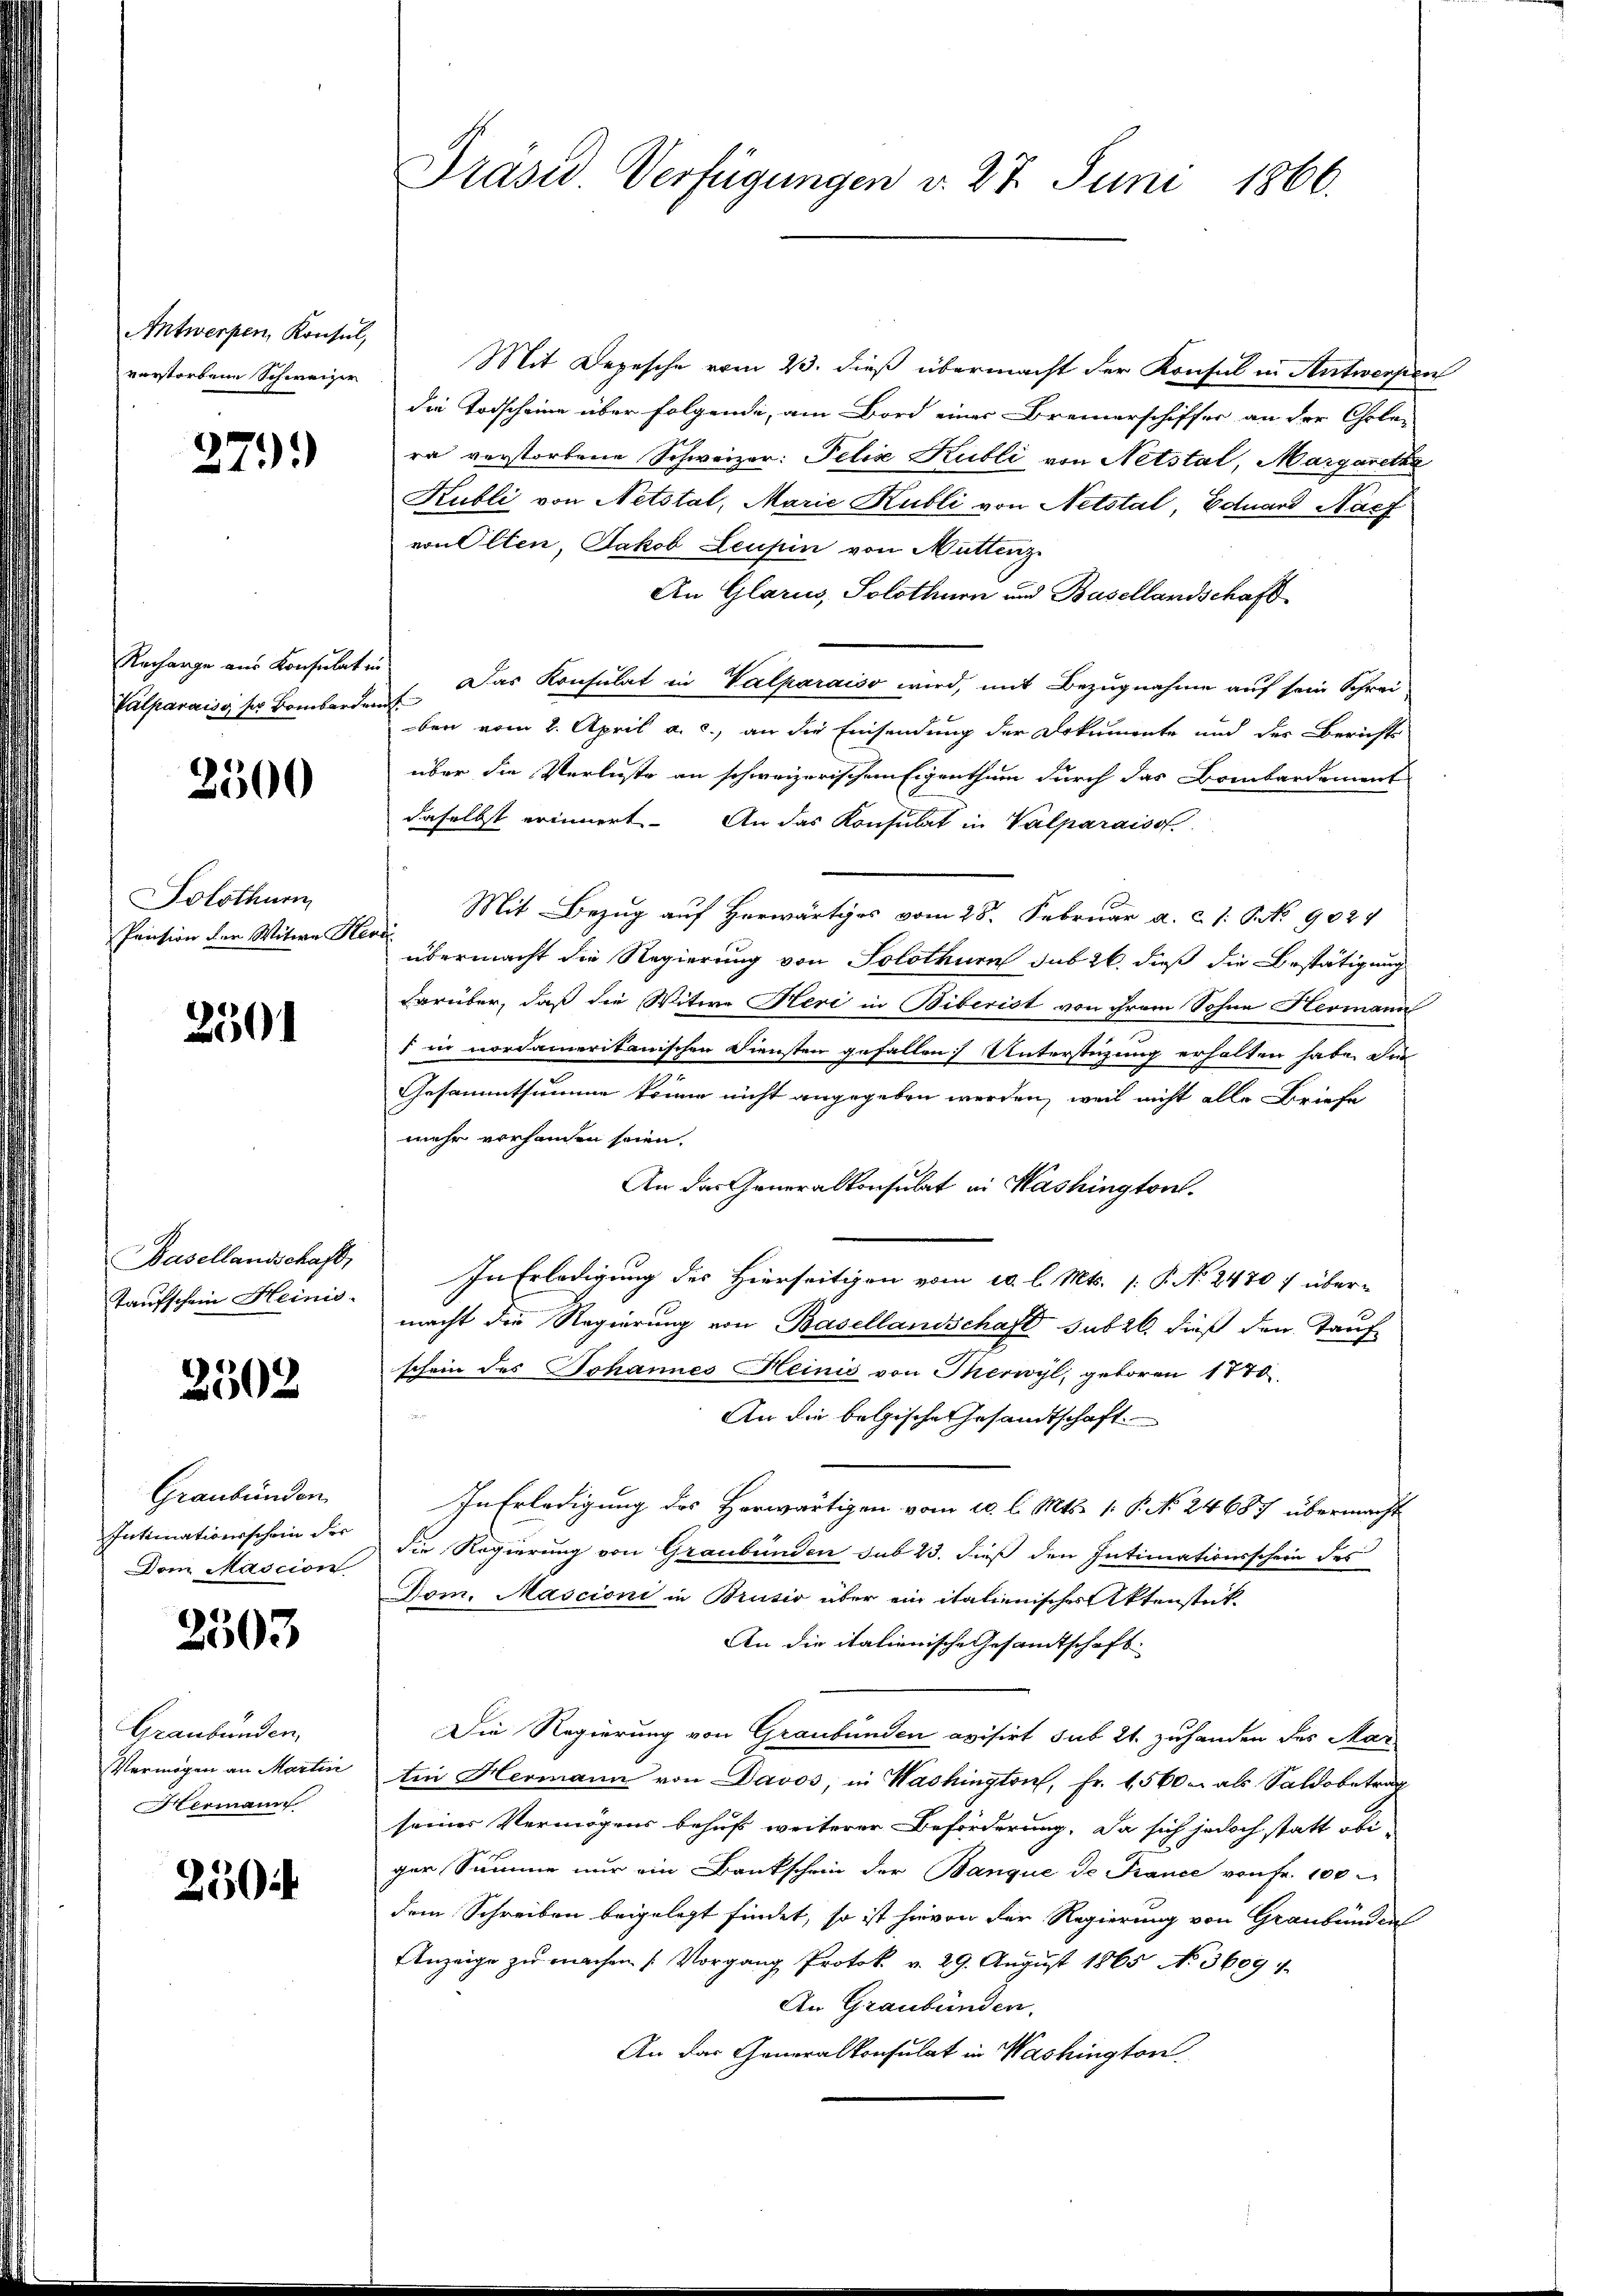
Antwerpen, Konsul,
verstorbene Schweizer

279)

Rechange aus Konsulat in

2500

Solothurn
Pension der Witwe Str

2301

Basellandschaft,
Taufschein Heinis

2302

Graubünden
Intimationsschein der
Dom Mascion

2503

Graubünden,
Vermögen an Martin
Hermann

250

Mit Depesche vom 23. dieß übermacht der Konsul in Antwerpen
die Todscheine über folgende, am Bord einer Bremerschiffer an der Chole-
ra verstorbene Schweizer: Felix Kubli von Netstal, Margaretha
Kubli von Netstal, Marie Kubli von Netstal, Eduard Nach
von Olten, Jakob Leuhin von Muttenz
An Glarus, Solothurn und Basellandschaft
Culparais ser Bombarden. Das Konsulat in Valparaiso wird, mit Bezugnahme auf sein Schreiben vom 2. April a. c., an die Einsendung der Dokumente und der Berichts
über die Verluste an schweizerischem Eigenthum durch das Bombardement
daselbst erinnert. An das Konsulat in Valparaiso
Mit Bezug auf Herwärtiges vom 28. Februar a. c. 1: No 9024
ac.
übermacht die Regierung von Solothurn sub 26. dieß die Bestätigung
darüber, daß die Witwe Heri in Biberist von ihrem Sohne Hermann
1 in nordamerikanischen Diensten gefallen Unterstüzung erhalten habe. Die
Gesammtsumme könne nicht angegeben werden, weil nicht alle Briefe
mehr vorhanden seien.
An das Generalkonsulat in Mashington.
In Erledigung des Hierseitigen vom 10. l. Mts. [ P. No. 2470 f über-
macht die Regierung von Basellandschaft sub 26. dieß den Tauf
schein des Johannes Heinić von Merwyl, geboren 1770.
An die belgische Gesandtschaft
In Erledigung des Herwärtigen vom 20. l. Mts. 1. P. No. 24687 übermacht
die Regierung von Graubünden sub 23. dieß den Intimationsschein des
Dom. Mascioni in Brusio über ein italienisches Aktenstück-
An die italienische Gesandtschaft
Die Regierung von Graubünden avisirt sub 21. zuhanden des Martin Hermann von Davos, in Washington, Fr. 15600 als Saldobetrag
seines Vermögens behuf weiterer Beförderung. Da sich jedoch statt obiger Summe nur ein Bankschein der Banque de France von Fr. 100
dem Schreiben beigelegt findet, so ist hievon der Regierung von Graubünden
Anzeige zu machen / Vorgang Protok. v. 29. August 1865 No 3609
An Graubünden.
An das Generalkonsulat in Washington

Präsid Verfügungen v. 27. Juni 1866.